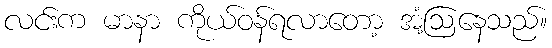
လင်းက မာနာ ကိုယ်ဝန်ရလာတော့ အံ့ဩနေသည်။